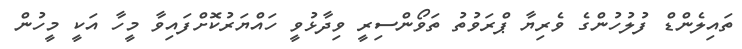
ތައިލެންޑް ފުލުހުންގެ ވެރިޔާ ޕްރަވުތު ތަވޯންސިރީ ވިދާޅުވީ ހައްޔަރުކޮށްފައިވާ މީހާ އަކީ މީހުން